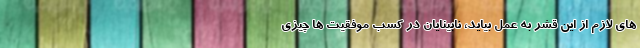
های لازم از این قشر به عمل بیاید، نابینایان در کسب موفقیت ها چیزی